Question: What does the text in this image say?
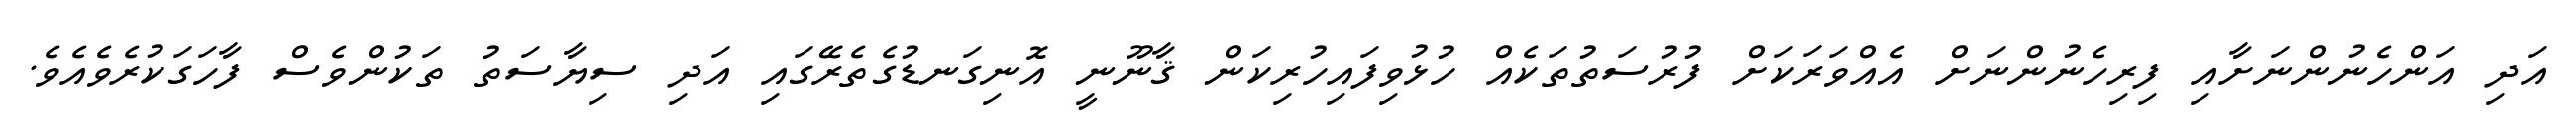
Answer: އަދި އަންހެނުންނަށާއި ފިރިހެނުންނަށް އެއްވަރަކަށް ފުރުސަތުތަކެއް ހުޅުވިފައިހުރިކަން ޤާނޫނީ އޮނިގަނޑުގެތެރޭގައި އަދި ސިޔާސަތު ތަކުންވެސް ފާހަގަކުރެވެއެވެ.